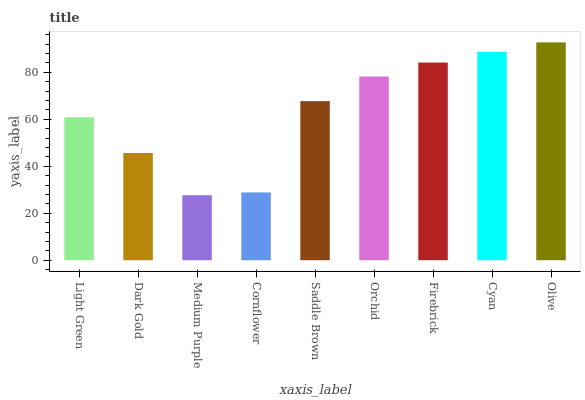
| xaxis_label | bars |
 | --- | --- |
 | Light Green | 60.8 |
 | Dark Gold | 45.6 |
 | Medium Purple | 27.7 |
 | Cornflower | 28.9 |
 | Saddle Brown | 67.7 |
 | Orchid | 78.2 |
 | Firebrick | 84.1 |
 | Cyan | 88.7 |
 | Olive | 92.7 |